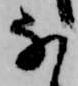
な